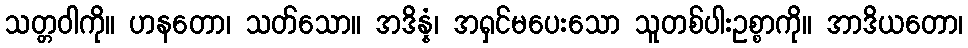
သတ္တဝါကို။ ဟနတော၊ သတ်သော။ အဒိန္နံ၊ အရှင်မပေးသော သူတစ်ပါးဥစ္စာကို။ အာဒိယတော၊